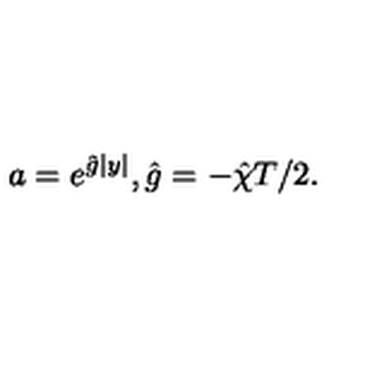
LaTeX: a = e ^ { \hat { g } | y | } , \hat { g } = - \hat { \chi } T / 2 .